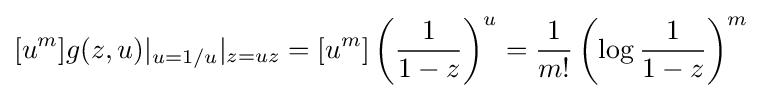
[u^{m}]g(z,u)|_{u=1/u}|_{z=uz}=[u^{m}]\left({\frac {1}{1-z}}\right)^{u}={\frac {1}{m!}}\left(\log {\frac {1}{1-z}}\right)^{m}